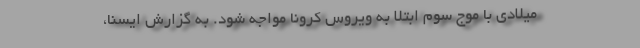
میلادی با موج سوم ابتلا به ویروس کرونا مواجه شود. به گزارش ایسنا،